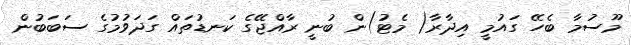
މޫސުމާ ބެހޭ ގައުމީ އިދާރާ( މެޓު)ން ބުނީ ރާއްޖޭގެ ކަނޑުތައް ގަދަވުމުގެ ސަބަބުން